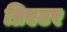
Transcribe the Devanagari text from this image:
प्रिएटर